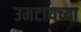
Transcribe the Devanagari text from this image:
उमटायच्या